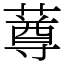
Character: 䔿